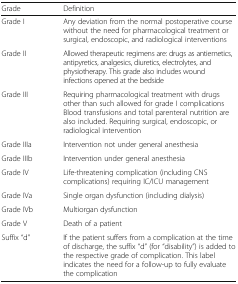
<table><thead><tr><td><b>Grade</b></td><td><b>Definition</b></td></tr></thead><tbody><tr><td>Grade I</td><td>Any deviation from the normal postoperative course without the need for pharmacological treatment or surgical, endoscopic, and radiological interventions</td></tr><tr><td>Grade II</td><td>Allowed therapeutic regimens are: drugs as antiemetics, antipyretics, analgesics, diuretics, electrolytes, and physiotherapy. This grade also includes wound infections opened at the bedside</td></tr><tr><td>Grade III</td><td>Requiring pharmacological treatment with drugs other than such allowed for grade I complications Blood transfusions and total parenteral nutrition are also included. Requiring surgical, endoscopic, or radiological intervention</td></tr><tr><td>Grade IIIa</td><td>Intervention not under general anesthesia</td></tr><tr><td>Grade IIIb</td><td>Intervention under general anesthesia</td></tr><tr><td>Grade IV</td><td>Life-threatening complication (including CNS complications) requiring IC/ICU management</td></tr><tr><td>Grade IVa</td><td>Single organ dysfunction (including dialysis)</td></tr><tr><td>Grade IVb</td><td>Multiorgan dysfunction</td></tr><tr><td>Grade V</td><td>Death of a patient</td></tr><tr><td>Suffix “d”</td><td>If the patient suffers from a complication at the time of discharge, the suffix “d” (for “disability”) is added to the respective grade of complication. This label indicates the need for a follow-up to fully evaluate the complication</td></tr></tbody></table>